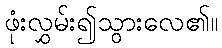
ဖုံးလွှမ်း၍သွားလေ၏။